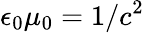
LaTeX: \epsilon_{0}\mu_{0}=1/c^{2}